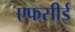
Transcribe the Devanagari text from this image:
एफसीई